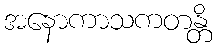
အနောကာသကတန္တိ